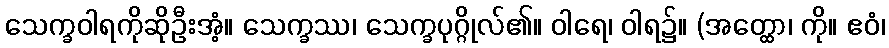
သေက္ခဝါရကိုဆိုဦးအံ့။ သေက္ခဿ၊ သေက္ခပုဂ္ဂိုလ်၏။ ဝါရေ၊ ဝါရ၌။ (အတ္ထော၊ ကို။ ဧဝံ၊